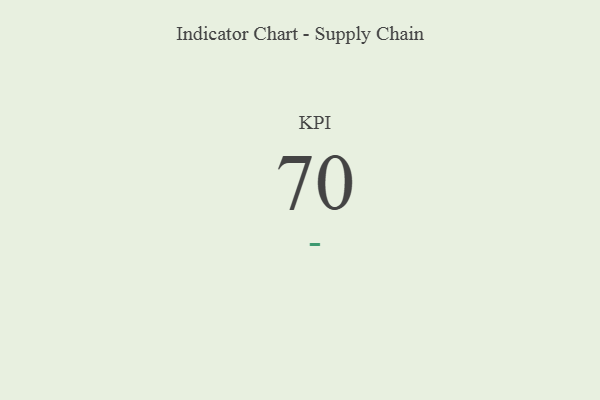
{"axis": {"x": "KPI", "y": "Value"}, "legend": [""], "data": [{"x": "KPI", "y": 70, "type": ""}]}